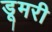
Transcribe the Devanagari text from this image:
डूमरी